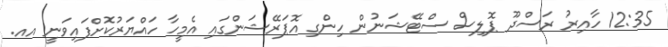
12:35 ހާއިރު ރަސްދޫ ޕޮލިސް ސްޓޭޝަނުން ހިންގި އޮޕަރޭޝަންގައި އެމީހާ ހައްޔަރުކޮށްފައިވަނީ އއ.